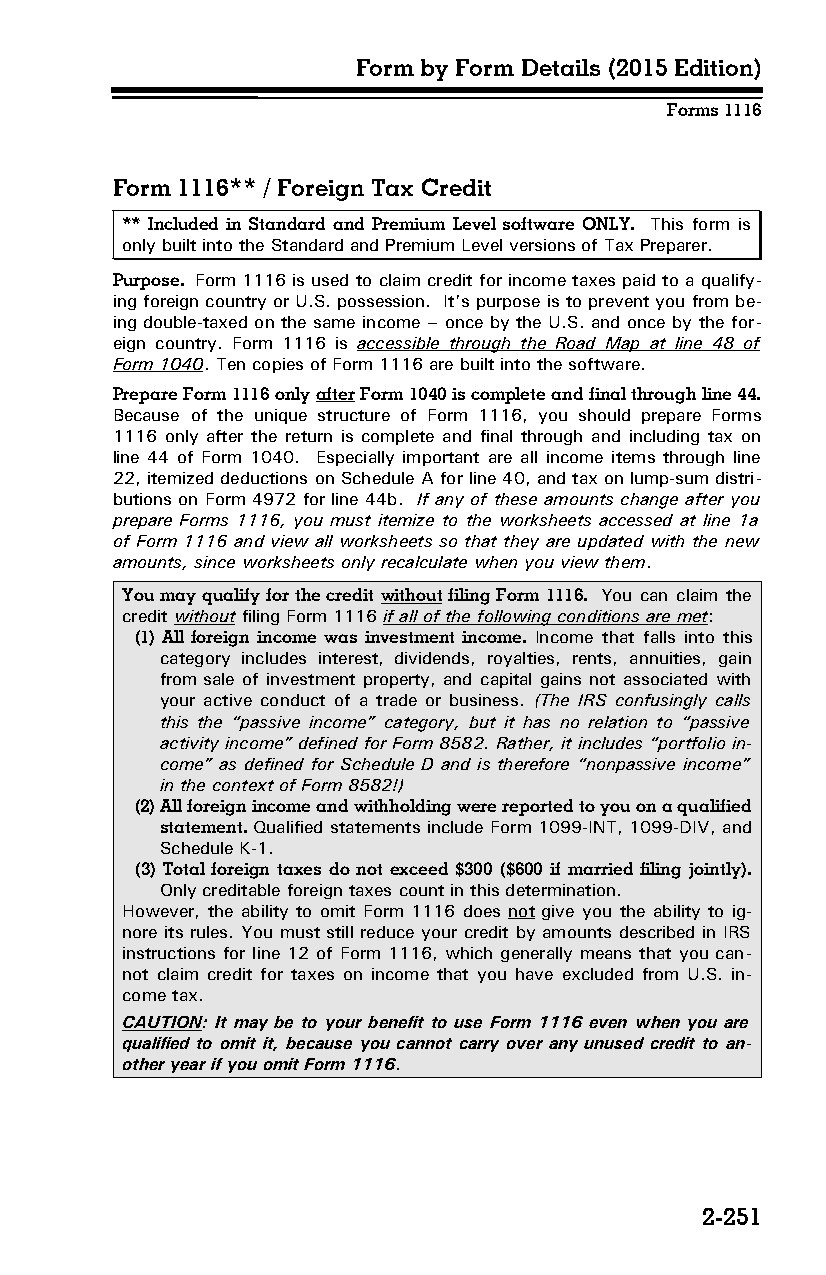
Form by Form Details (2015 Edition)
 Forms 1116
 Form 1116** / Foreign Tax Credit
 ** Included in Standard and Premium Level software ONLY. This form is
 only built into the Standard and Premium Level versions of Tax Preparer.
 Purpose. Form 1116 is used to claim credit for income taxes paid to a qualify­
 ing foreign country or U.S. possession. It’s purpose is to prevent you from be­
 ing double-taxed on the same income – once by the U.S. and once by the for­
 eign country. Form 1116 is accessible through the Road Map at line 48 of
 Form 1040. Ten copies of Form 1116 are built into the software.
 Prepare Form 1116 only after Form 1040 is complete and final through line 44.
 Because of the unique structure of Form 1116, you should prepare Forms
 1116 only after the return is complete and final through and including tax on
 line 44 of Form 1040. Especially important are all income items through line
 22, itemized deductions on Schedule A for line 40, and tax on lump-sum distri­
 butions on Form 4972 for line 44b. If any of these amounts change after you
 prepare Forms 1116, you must itemize to the worksheets accessed at line 1a
 of Form 1116 and view all worksheets so that they are updated with the new
 amounts, since worksheets only recalculate when you view them.
 You may qualify for the credit without filing Form 1116. You can claim the
 credit without filing Form 1116 if all of the following conditions are met:
 (1) All foreign income was investment income. Income that falls into this
 category includes interest, dividends, royalties, rents, annuities, gain
 from sale of investment property, and capital gains not associated with
 your active conduct of a trade or business. (The IRS confusingly calls
 this the “passive income” category, but it has no relation to “passive
 activity income” defined for Form 8582. Rather, it includes “portfolio in­
 come” as defined for Schedule D and is therefore “nonpassive income”
 in the context of Form 8582!)
 (2) All foreign income and withholding were reported to you on a qualified
 statement. Qualified statements include Form 1099-INT, 1099-DIV, and
 Schedule K-1.
 (3) Total foreign taxes do not exceed $300 ($600 if married filing jointly).
 Only creditable foreign taxes count in this determination.
 However, the ability to omit Form 1116 does not give you the ability to ig­
 nore its rules. You must still reduce your credit by amounts described in IRS
 instructions for line 12 of Form 1116, which generally means that you can­
 not claim credit for taxes on income that you have excluded from U.S. in­
 come tax.
 CAUTION: It may be to your benefit to use Form 1116 even when you are
 qualified to omit it, because you cannot carry over any unused credit to an­
 other year if you omit Form 1116.
 2-251